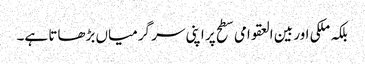
بلکہ ملکی اور بین العقوامی سطح پر اپنی سر گرمیاں بڑھاتا ہے۔